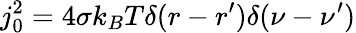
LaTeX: j_{0}^{2}=4\sigma k_{B}T\delta(r-r^{\prime})\delta(\nu-\nu^{\prime})